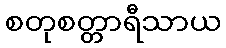
စတုစတ္တာရီသာယ